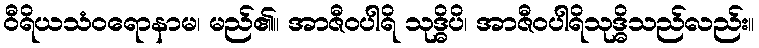
ဝီရိယသံဝရောနာမ၊ မည်၏။ အာဇီဝပါရိ သုဒ္ဓိပိ၊ အာဇီဝပါရိသုဒ္ဓိသည်လည်း။